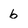
Character: b